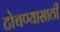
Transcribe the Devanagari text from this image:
टोचण्यासाठी